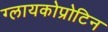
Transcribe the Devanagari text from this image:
ग्लायकोप्रोटिन